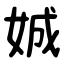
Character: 娍